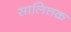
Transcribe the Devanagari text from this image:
सालित्तक